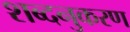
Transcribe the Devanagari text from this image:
शब्दनुकरण